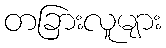
တခြားလူများ